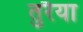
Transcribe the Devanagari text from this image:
तुरैया